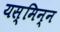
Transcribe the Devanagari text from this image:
यस्मिन्न